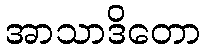
အာသာဒိတော